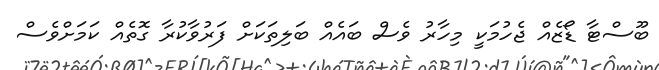
ބޫސްޓާ ޑޯޒެއް ޖެހުމަކީ މިހާރު ވެސް ބައެއް ބަލިތަކަށް ފަރުވާކުރާ ގޮތެއް ކަމަށްވެސް